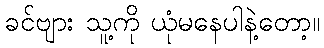
ခင်ဗျား သူ့ကို ယုံမနေပါနဲ့တော့။